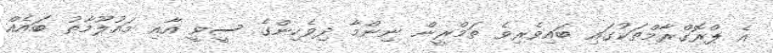
އެ ޕްރޮގްރާމްތަކުގައި ބައިވެރިވެ ތަމްރީން ނިންމާ ދިވެހިންގެ ސީވީ އާއި މައުލޫމާތު ބައެއް